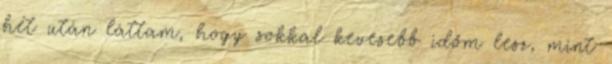
hét után láttam, hogy sokkal kevesebb időm lesz, mint